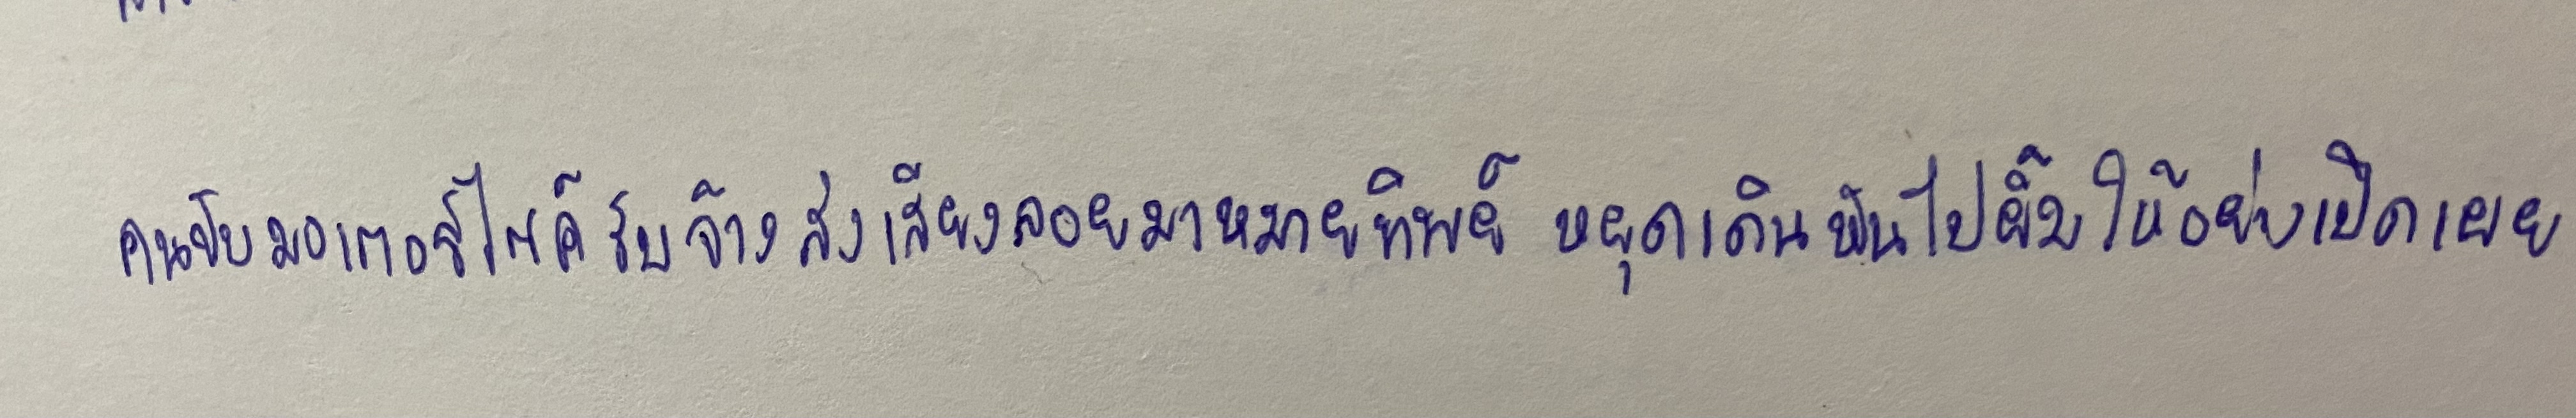
คนขับมอเตอร์ไซค์รับจ้างส่งเสียงลอยมาหมายทิพย์หยุดเดินหันไปยิ้มให้อย่างเปิดเผย